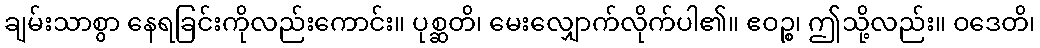
ချမ်းသာစွာ နေရခြင်းကိုလည်းကောင်း။ ပုစ္ဆတိ၊ မေးလျှောက်လိုက်ပါ၏။ ဧဝဉ္စ၊ ဤသို့လည်း။ ဝဒေတိ၊